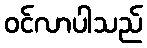
ဝင်လာပါသည်